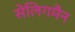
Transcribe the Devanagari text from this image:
सेलिगमैन